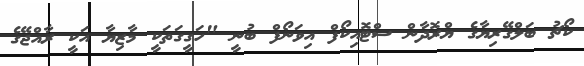
ކޯޗު ބަލްގޭރިޔާގެ ޔްރޮދާން ސްޓޮއިކޯފް އިވަނޯފް ބުނީ "ހަގީގަތަކީ މާޒިޔާ އަކީ ރާއްޖޭގެ